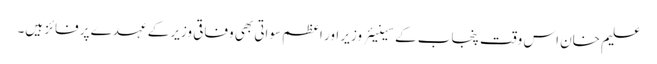
علیم خان اس وقت پنجاب کے سینیئر وزیر اور اعظم سواتی بھی وفاقی وزیر کے عہدے پر فائز ہیں۔